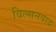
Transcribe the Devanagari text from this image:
विल्सनवाद